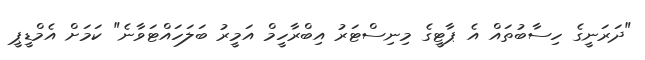
"ދަރަނީގެ ހިސާބުތައް އެ ޕާޓީގެ މިނިސްޓަރު އިބްރާހީމް އަމީރު ބަލަހައްޓަވާނެ" ކަމަށް އެމްޑީޕީ